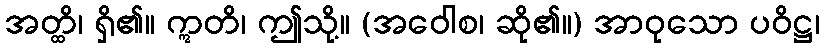
အတ္ထိ၊ ရှိ၏။ ဣတိ၊ ဤသို့။ (အဝေါစ၊ ဆို၏။) အာဝုသော ပဝိဋ္ဌ၊